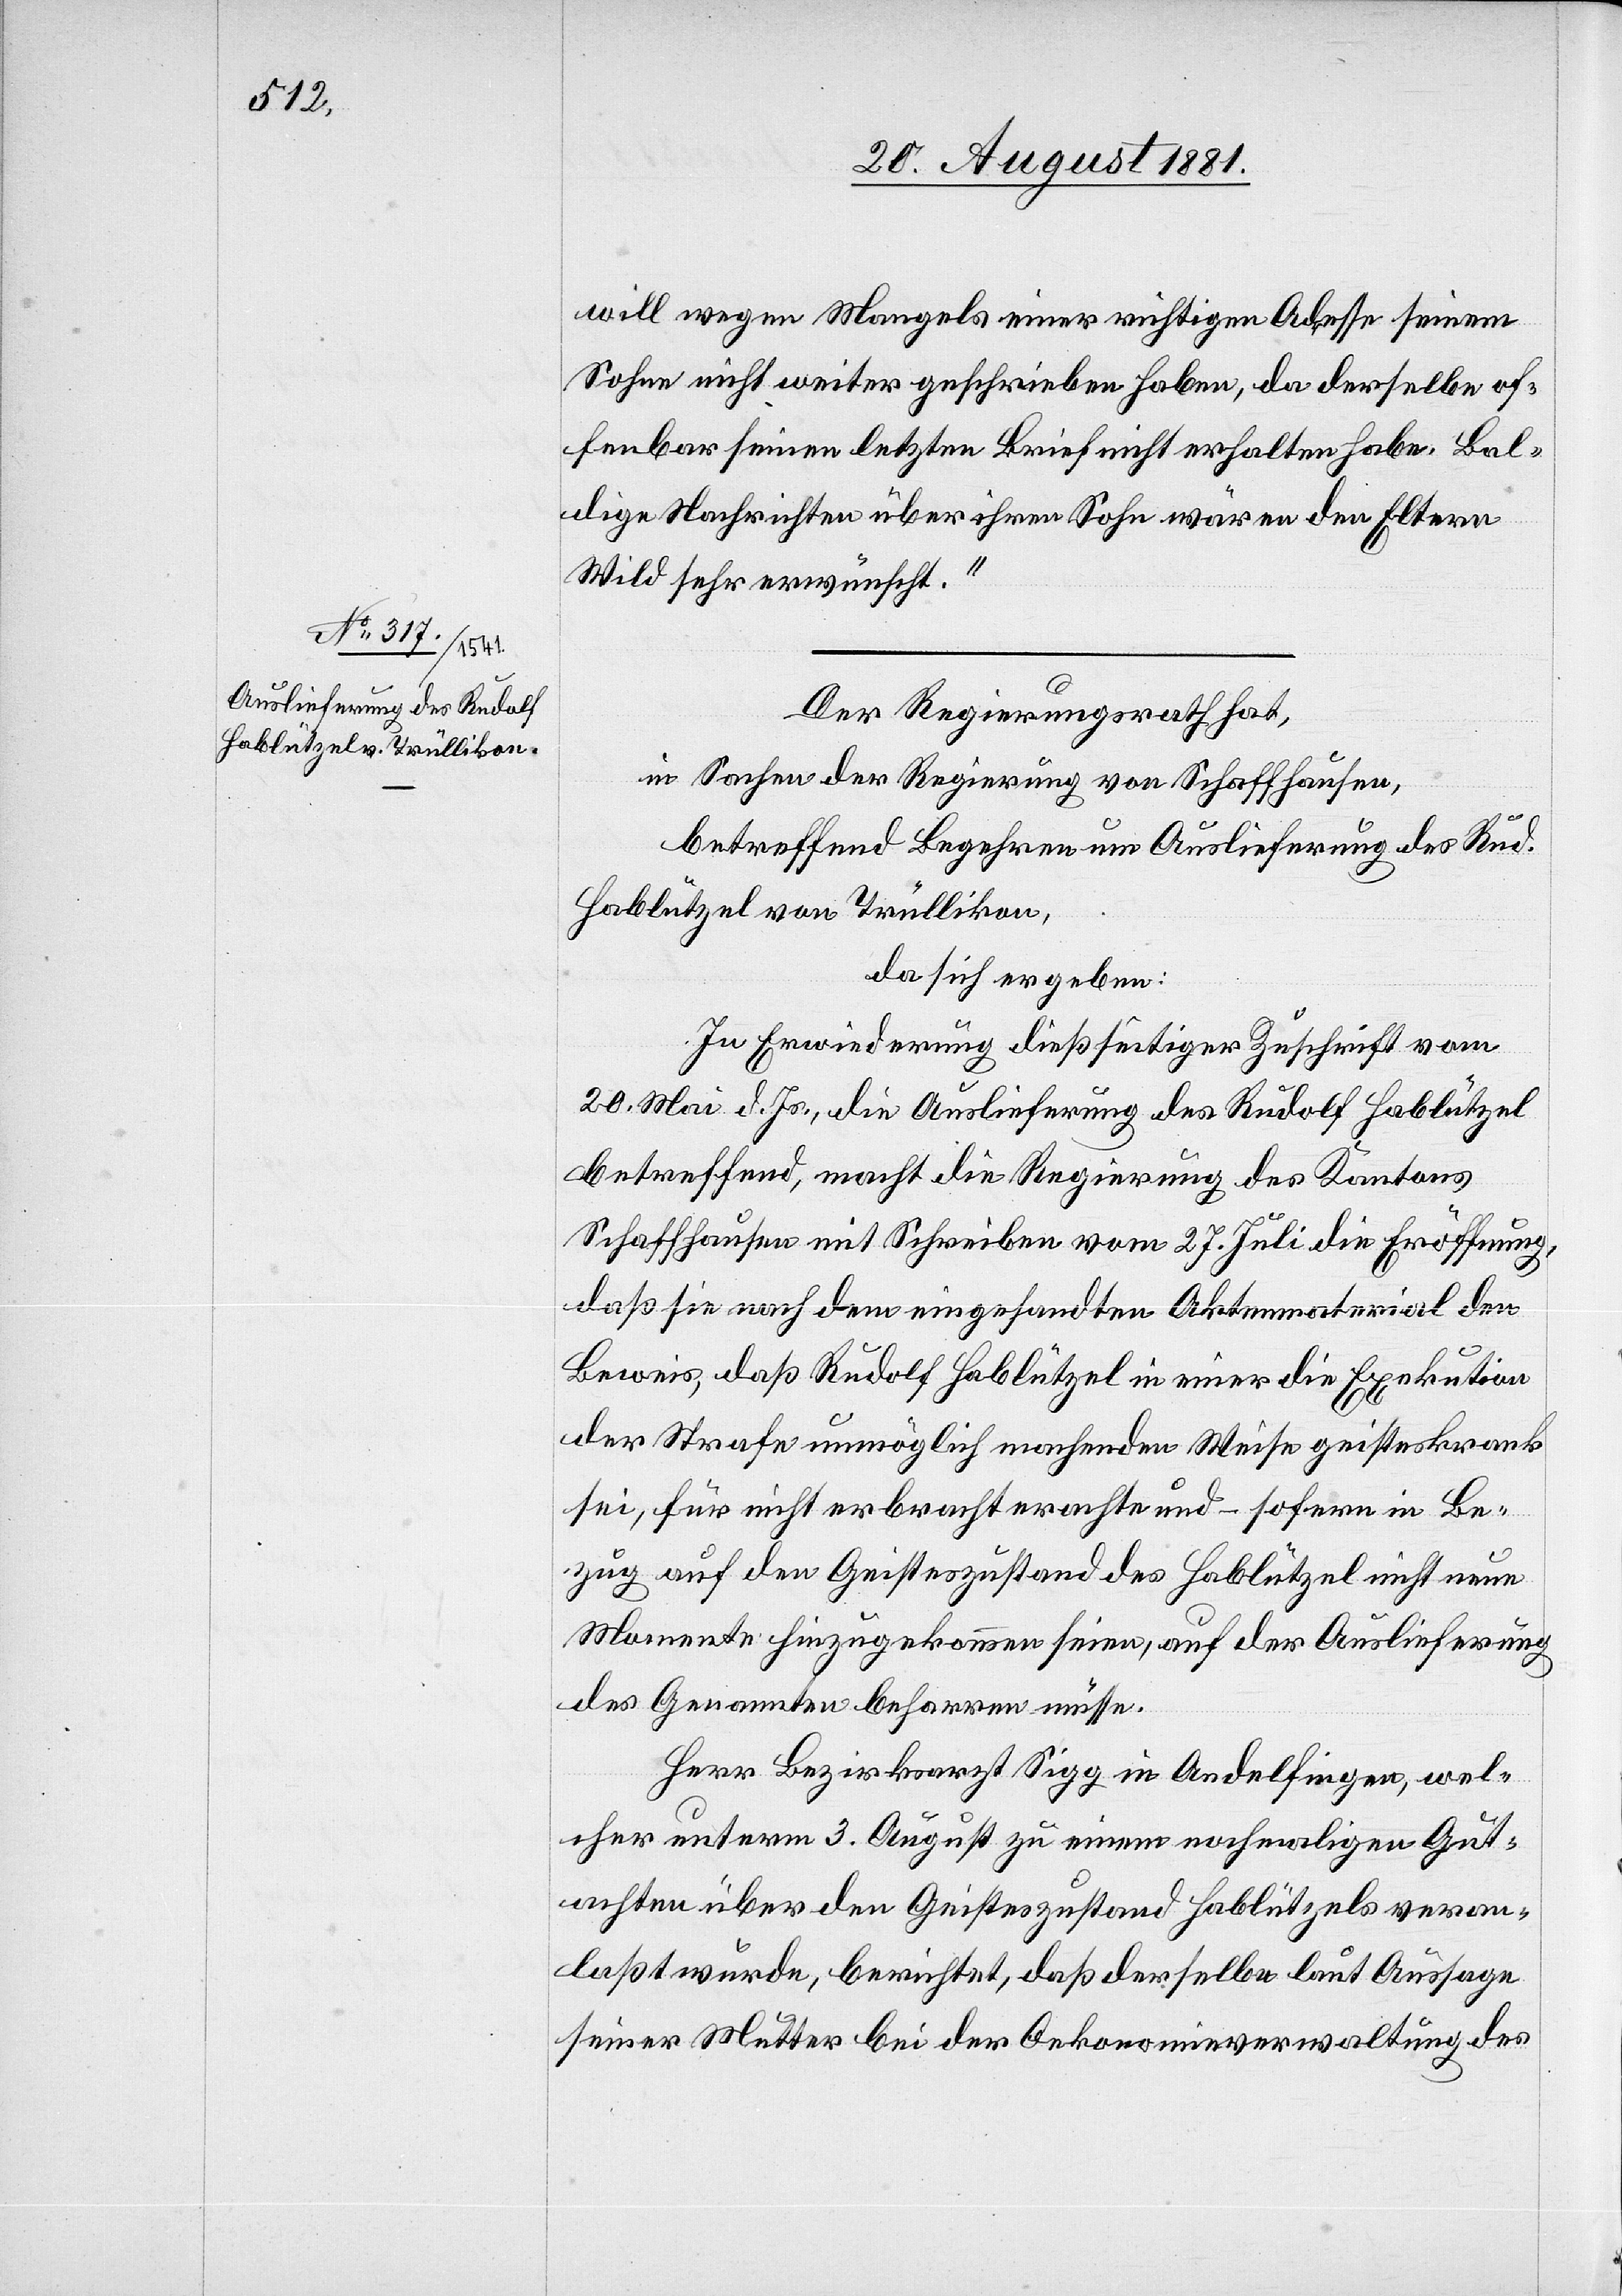
will wegen Mangels einer richtigen Adresse seinem
Sohne nicht weiter geschrieben haben, da derselbe of¬
fenbar seinen letzten Bericht nicht erhalten habe. Bal¬
dige Nachrichten über ihren Sohn wäre den Eltern
Wild sehr erwünscht.“
Der Regierungsrath hat,
in Sachen der Regierung von Schaffhausen,
betreffend Begehren um Auslieferung des Rud.
Hablutzel von Trüllikon,
da sich ergeben:
In Erwiederung dießseitiger Zuschrift vom
20. Mai d. Js., die Auslieferung des Rudolf Halblützel
betreffend, macht die Regierung des Kantons
Schaffhausen mit Schreiben vom 27. Juli die Eröffnung,
daß sie nach dem eingesandten Aktenmaterial den
Beweis, daß Rudolf Halblützel in einer die Exekution
der Strafe unmöglich machenden Weise geisteskrank
sei, für nicht erbracht erachte und – sofern in Be¬
zug auf den Geisteszustand des Hablützel nicht neue
Momente hinzugekommen seien, auf der Auslieferung
des Genannten beharren müsse.
Herr Bezirksarzt Sigg in Andelfingen, wel¬
cher unterm 3. August zu einem nochmaligen Gut¬
achten über den Geisteszustand Hablützels veran¬
laßt wurde, berichtet, daß derselbe laut Aussage
seiner Mutter bei der Oekonomieverwaltung des